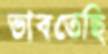
ভাবতেছি